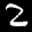
Label: 2